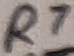
Text: R7